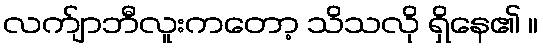
လက်ျာဘီလူးကတော့ သိသလို ရှိနေ၏ ။